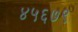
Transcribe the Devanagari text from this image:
४५६७९